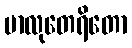
မာလုတေရိတော